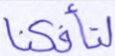
لتأفكنا